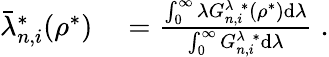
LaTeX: \begin{array}{rl}{\bar{\lambda}_{n,i}^{*}(\rho^{*})}&{{}=\frac{\int_{0}^{\infty}\lambda G_{n,i}^{\lambda\; *}(\rho^{*})\mathrm{d}\lambda}{\int_{0}^{\infty}G_{n,i}^{\lambda\; *}\mathrm{d}\lambda}\; .}\end{array}